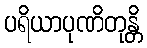
ပရိယာပုဏိတုန္တိ